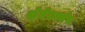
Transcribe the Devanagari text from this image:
सेवेमध्येच